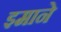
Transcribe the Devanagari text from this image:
इमाने